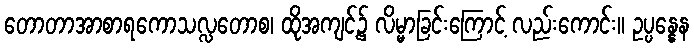
တောတာအာစာရကောသလ္လတောစ၊ ထိုအကျင့်၌ လိမ္မာခြင်းကြောင့် လည်းကောင်း။ ဥပ္ပန္နေန